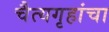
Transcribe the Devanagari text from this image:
चैत्यगृहांचा